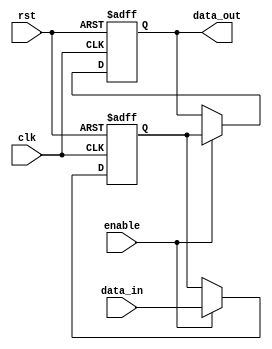
module Cascade_Bypass_reg (
    input wire clk,
    input wire rst,
    input wire enable,
    input wire [7:0] data_in,
    output reg [7:0] data_out
);

reg [7:0] buffer;

always @(posedge clk or posedge rst) begin
    if (rst) begin
        buffer <= 8'b0;
        data_out <= 8'b0;
    end else if (enable) begin
        buffer <= data_in;
        data_out <= buffer;
    end
end

endmodule